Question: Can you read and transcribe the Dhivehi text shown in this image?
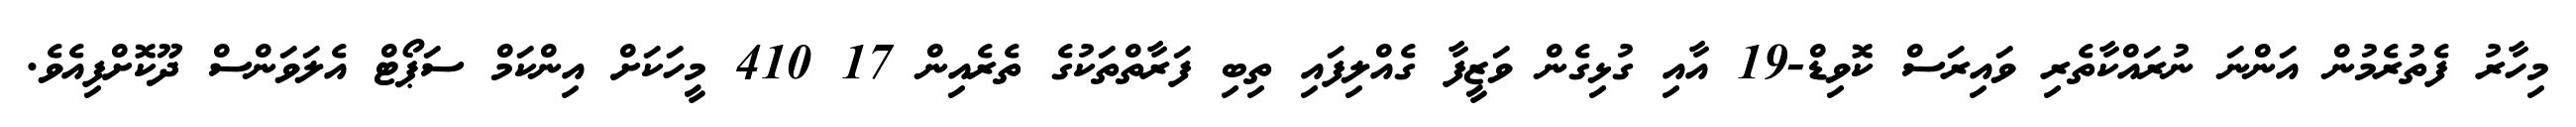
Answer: މިހާރު ފެތުރެމުން އަންނަ ނުރައްކާތެރި ވައިރަސް ކޮވިޑް-19 އާއި ގުޅިގެން ވަޒީފާ ގެއްލިފައި ތިބި ފަރާތްތަކުގެ ތެރެއިން 17 410 މީހަކަށް އިންކަމް ސަޕޯޓް އެލަވަންސް ދޫކޮށްފިއެވެ.